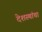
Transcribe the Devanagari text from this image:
देशस्थांचा